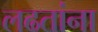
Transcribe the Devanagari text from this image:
लढतांना